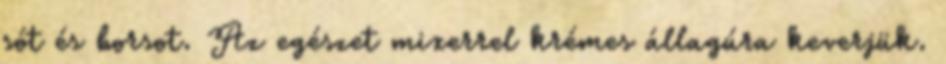
sót és borsot. Az egészet mixerrel krémes állagúra keverjük.